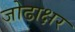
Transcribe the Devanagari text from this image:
जोढाक्षर